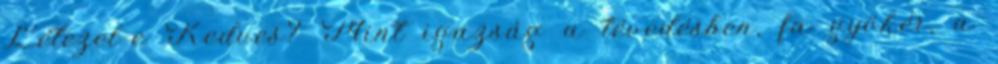
Létezel-e Kedves? Mint igazság a tévedésben, fa gyökér, a